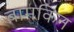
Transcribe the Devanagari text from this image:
बामकिन